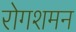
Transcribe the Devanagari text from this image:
रोगशमन